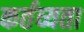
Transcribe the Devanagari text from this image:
कर्तव्यता